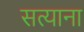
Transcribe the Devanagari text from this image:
सत्याना